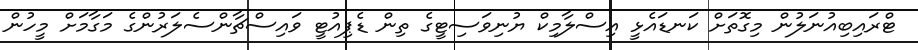
ޓްރައިބިއުނަލުން މިގޮތަށް ކަނޑައެޅީ އިސްލާމިކް ޔުނިވަސިޓީގެ ތިން ޑެޕިއުޓީ ވައިސްޗާންސެލަރުންގެ މަގާމަށް މީހުން